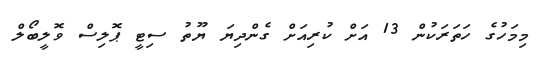
މިމަހުގެ ހަތަރަކުން 13 އަށް ކުރިއަށް ގެންދިޔަ ޔޫތު ސިޓީ ޕޮލިސް ވޮލީބޯލް